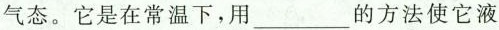
气态。它是在常温下，用___的方法使它液